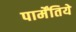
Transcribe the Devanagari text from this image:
पार्मेंतिये